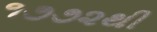
૧૭૭૨થી